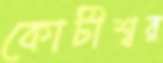
কোটীশ্বর